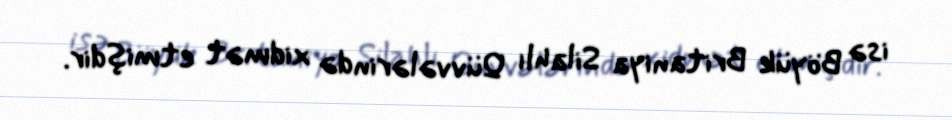
isə Böyük Britaniya Silahlı Qüvvələrində xidmət etmişdir.